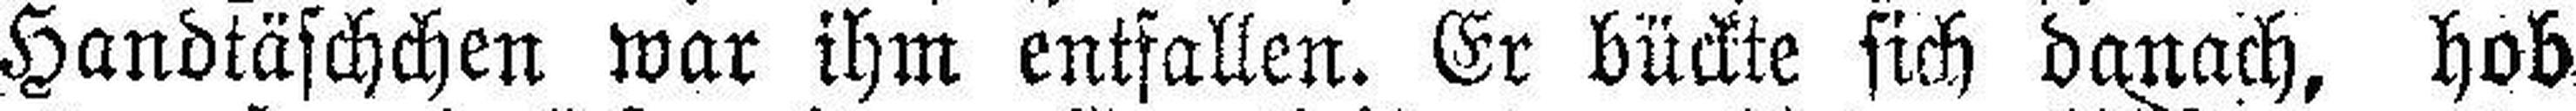
Handtäschchen war ihm entfallen. Er bückte sich danach, hob